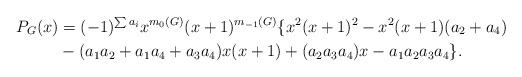
LaTeX: \begin{align*}P_G(x) &= (-1)^{\sum a_i} x^{m_0(G)} (x+1)^{m_{-1}(G)} \{x^2 (x+1)^2 -x^2(x+1)(a_2+a_4) \\&-(a_1a_2 + a_1 a_4+a_3a_4)x(x+1) +(a_2 a_3 a_4)x -a_1a_2a_3 a_4 \}.\\\end{align*}